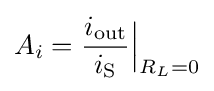
{A_{i}}={i_{\mathrm {out} } \over i_{\mathrm {S} }}{\Big |}_{R_{L}=0}